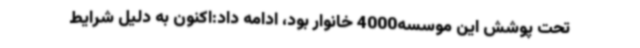
تحت پوشش این موسسه4000 خانوار بود، ادامه داد:اکنون به دلیل شرایط